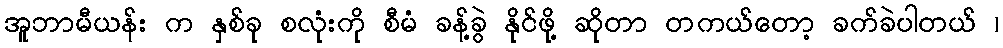
အူဘာမီယန်း က နှစ်ခု စလုံးကို စီမံ ခန့်ခွဲ နိုင်ဖို့ ဆိုတာ တကယ်တော့ ခက်ခဲပါတယ် ၊